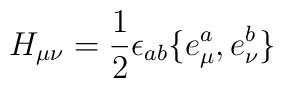
H_{\mu\nu} = \frac 12 \epsilon_{ab}\{ e^a_\mu,e^b_{\nu}\}